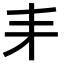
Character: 𠂙